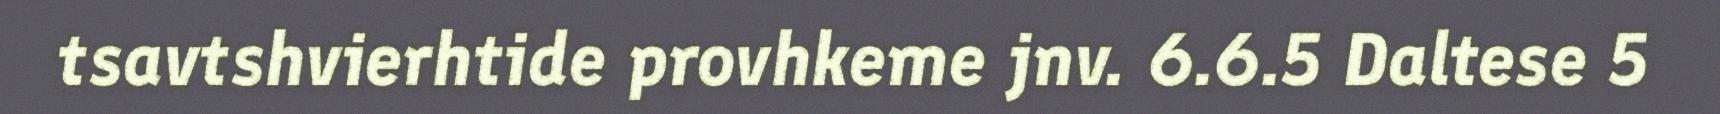
tsavtshvierhtide provhkeme jnv. 6.6.5 Daltese 5